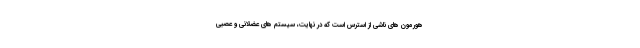
هورمون های ناشی از استرس است که در نهایت، سیستم های عضلانی و عصبی